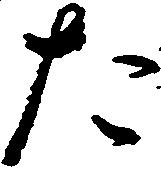
た